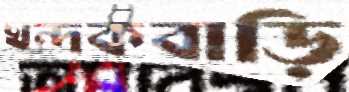
খন্দকবাড়ি